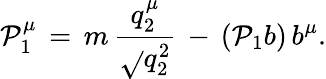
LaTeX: \mathcal{P}_{1}^{\mu}\, =\, m\, \frac{{q_{2}^{\mu}}}{{\sqrt{}{{q_{2}^{2}}}}}\, -\, (\mathcal{P}_{1}b)\, b^{\mu}.